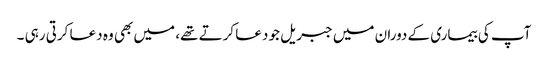
آپ کی بیماری کے دوران میں جبریل جو دعا کرتے تھے، میں بھی وہ دعا کرتی رہی ۔